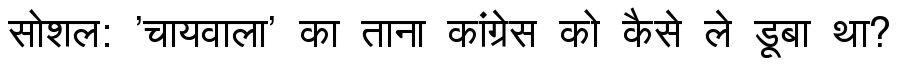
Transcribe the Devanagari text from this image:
सोशल: 'चायवाला' का ताना कांग्रेस को कैसे ले डूबा था?